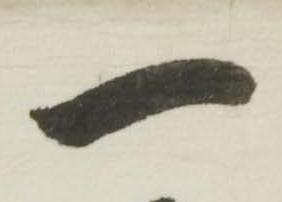
一